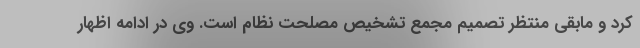
کرد و مابقی منتظر تصمیم مجمع تشخیص مصلحت نظام است. وی در ادامه اظهار